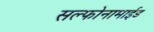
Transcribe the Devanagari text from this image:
सल्फोनामाईड